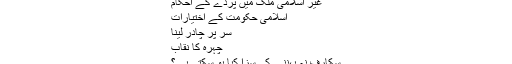
غیر اسلامی ملک میں پردے کے احکام
اسلامی حکومت کے اختیارات
سر پر چادر لینا
چہرہ کا نقاب
سکارف نہ پہننے کی سزا کیا ہو سکتی ہے؟